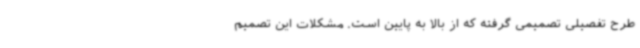
طرح تفصیلی تصمیمی گرفته که از بالا به پایین است. مشکلات این تصمیم